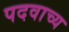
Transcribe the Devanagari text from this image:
पदवाच्य